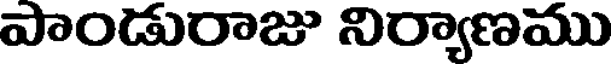
పాండురాజు నిర్యాణము